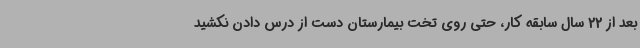
بعد از 22 سال سابقه کار، حتی روی تخت بیمارستان دست از درس دادن نکشید